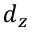
d _ { z }